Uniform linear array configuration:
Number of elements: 16
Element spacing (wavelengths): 0.75
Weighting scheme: hamming
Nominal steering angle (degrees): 60
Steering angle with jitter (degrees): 59.406
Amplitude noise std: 0.05
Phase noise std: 0.05

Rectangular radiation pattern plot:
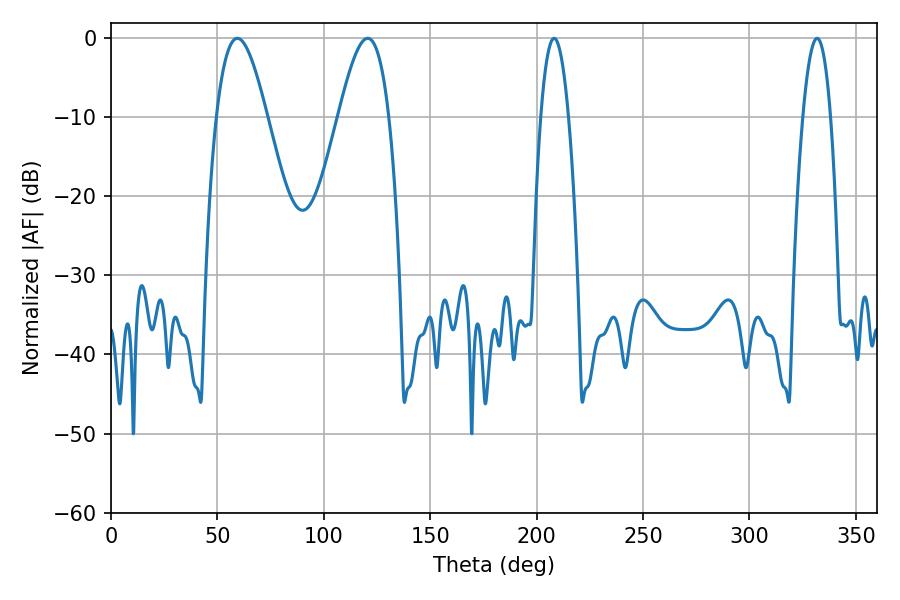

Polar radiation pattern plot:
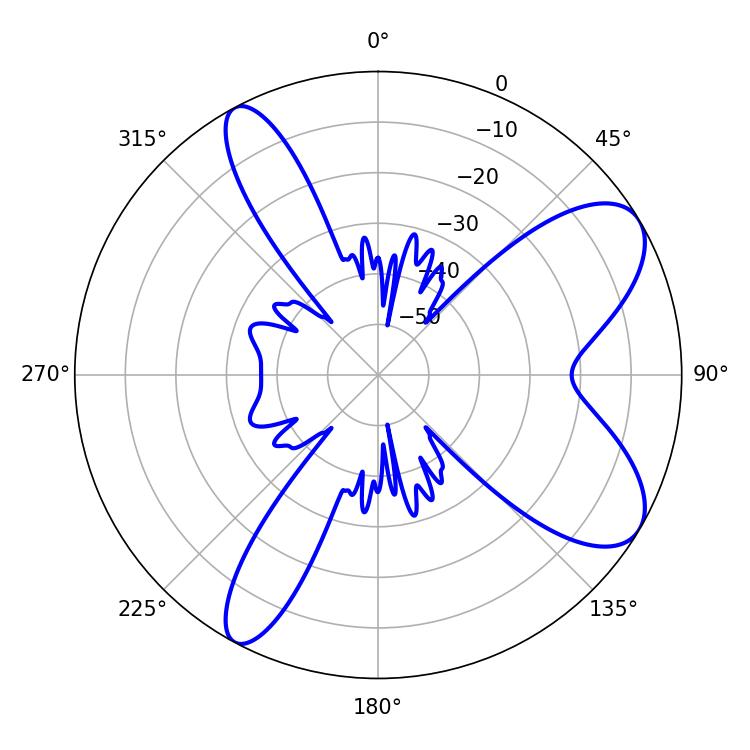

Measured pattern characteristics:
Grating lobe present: TRUE
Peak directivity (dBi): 8.256
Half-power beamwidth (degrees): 12.78
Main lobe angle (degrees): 59.4